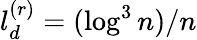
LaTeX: l_{d}^{(r)}=(\log^{3}n)/n